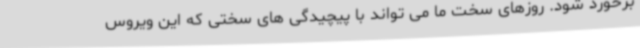
برخورد شود. روزهای سخت ما می تواند با پیچیدگی های سختی که این ویروس